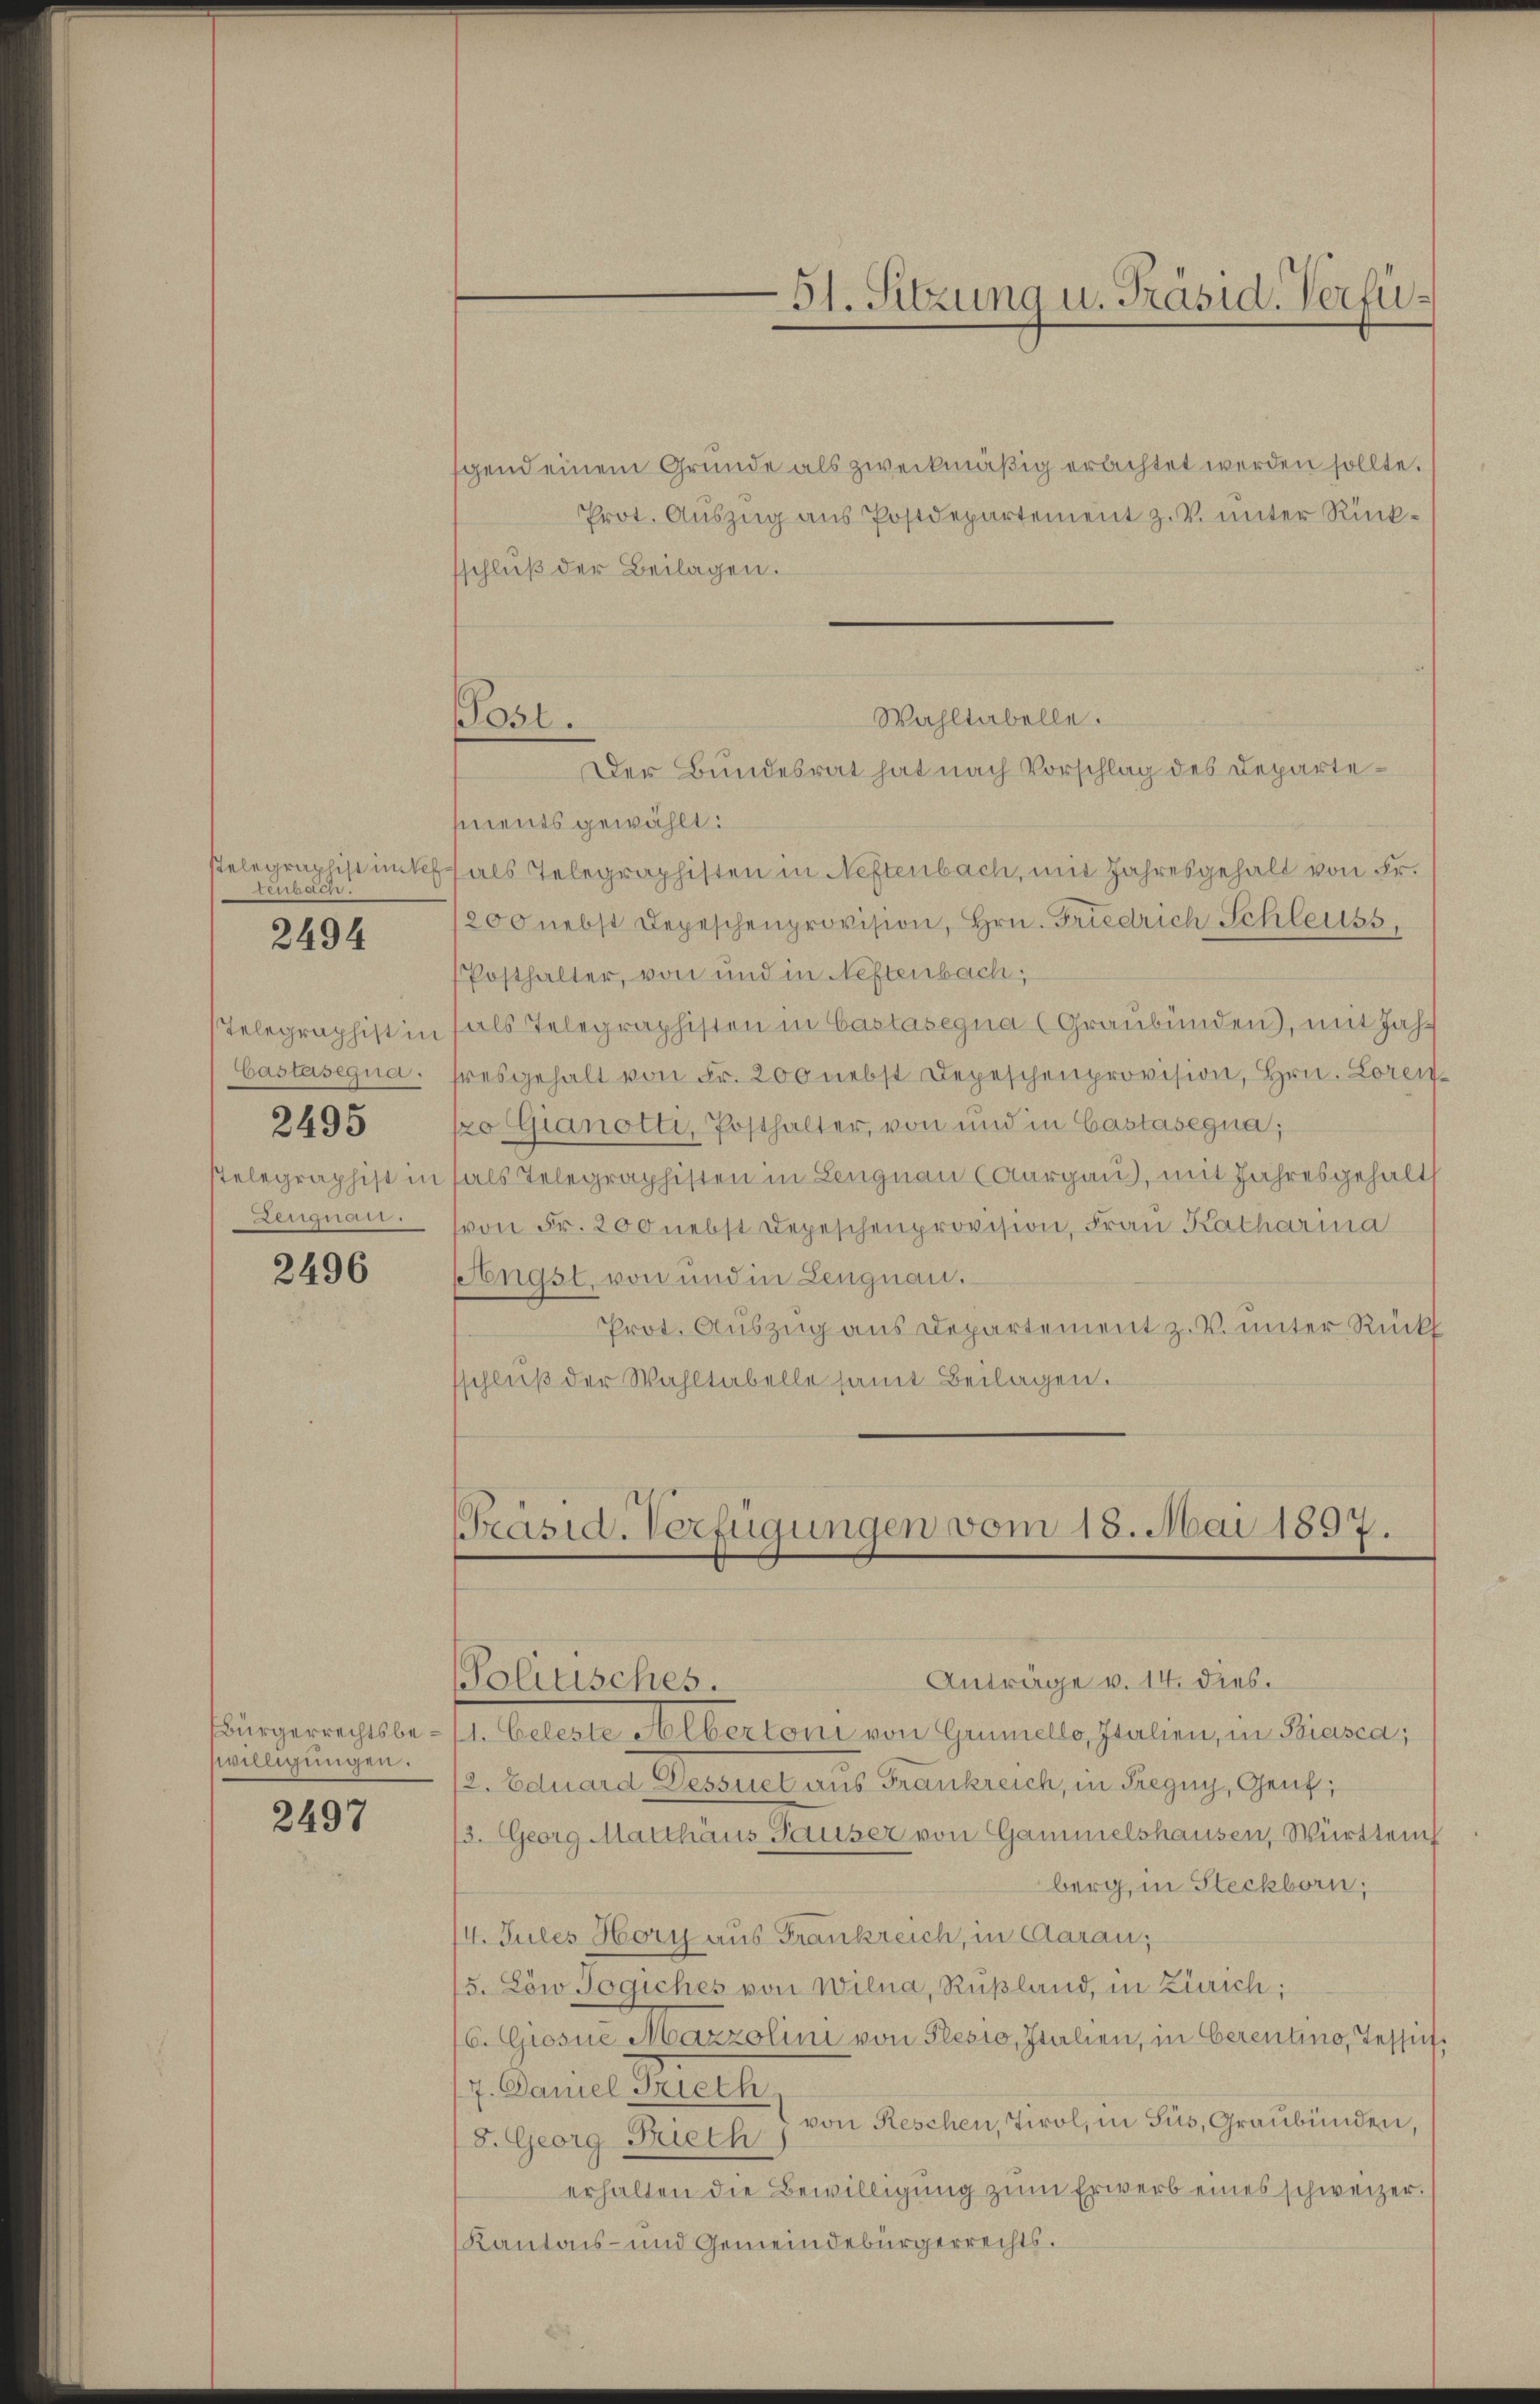
ua 15.

2494

2495
Aar

2496

willigungen.

2497

gend einem Gründe als zweckmäßig erlichtet werden sollte.
Prot. Auszug aus Postdepartement z. V. unter Rücksschluß der Beilagen.
Der Bundesrat hat nach Vorschlag des Departements gewählt:
Telegraphistinkt als Telegraphisten in Neftenbach, mit Jahresgehalt von Fr.
1200 nebst Depeschenprovision, Hrn. Friedrich Schleiss,
Posthalter, von und in Neftenbach;
Telegraphist in fals Telegraphisten in Castasegna (Graubünden), mit Jah¬
Castasegua. Fresgehalt von Fr. 200 nebst Depeschenprovision, Hrn. Loreno Gianotti, Posthalter, von und in Castasegua;
Pelegraphist in als Telegraphisten in Lengnau (Aargau), mit Jahresgehalt
(von Fr. 200 nebst Depeschenprovision, Frau Katharina
stügst, von und in Lengnau.
Prot. Auszug aus Departement z. V. unter Rück
sschlŭβ der Wahltabelle samt Beilagen.

Post.

51. Sitzung u. Präsid. Verfü¬

Wahltabelle.

Präsid. Verfügungen vom 18. Mai 1897.

Anträge v. 14. dies.
Politisches.
Bürgerrechtsbe- fr. beleste Albertoni von Grünello, Italien, in Biasca,
/2. Eduard Dessuet aus Frankreich, in Fregny, Genf;
3. Georg Matthäus Hauser von Gammelshausen, Württem
berg, in Steckborn,
4. Jules Hory aus Frankreich, in Aarau;
5. Löw Fogiches von Wilna, Rußland, in Zürich;
6. Giosne Mazzolini von Plesio, Italien, in berentino, Tessich,
7. Daniel Trieth
8. Georg Frieth von Reschen, Tirol, in Süs, Graubünden,
erhalten die Bewilligŭng zŭm Erwerb eines schweizer.
Kantons- und Gemeindebürgerrechts.